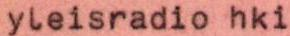
yleisradio hki